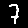
Digit: 7